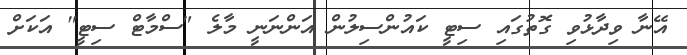
އޭނާ ވިދާޅުވި ގޮތުގައި ސިޓީ ކައުންސިލުން އަންނަނީ މާލެ "ސްމާޓް ސިޓީ" އަކަށް